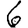
Digit: 6